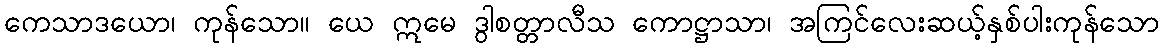
ကေသာဒယော၊ ကုန်သော။ ယေ ဣမေ ဒွါစတ္တာလီသ ကောဋ္ဌာသာ၊ အကြင်လေးဆယ့်နှစ်ပါးကုန်သော